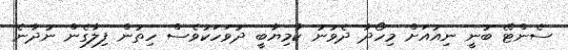
ސެންޓޭ ބުނީ ނިއުއަށް މިހޯދާ ދެވުނު ކާމިޔާބީ ދުވަހަކުވެސް ހިތުން ފިލާގެން ނުދާނެ